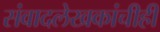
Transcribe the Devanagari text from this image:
संवादलेखकांचीही